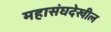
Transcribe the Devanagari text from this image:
महासंघदेखील